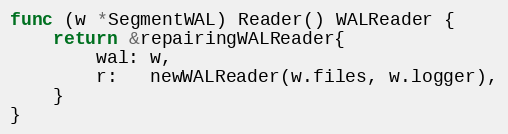
Language: Go
func (w *SegmentWAL) Reader() WALReader {
	return &repairingWALReader{
		wal: w,
		r:   newWALReader(w.files, w.logger),
	}
}